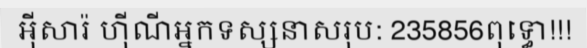
អ៊ីសារ៉ ហ៊ីណីអ្នកទស្សនាសរុប: 235856ពុទ្ធោ!!!